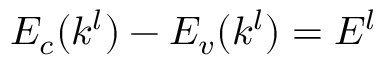
E _ { c } ( k ^ { l } ) - E _ { v } ( k ^ { l } ) = E ^ { l }